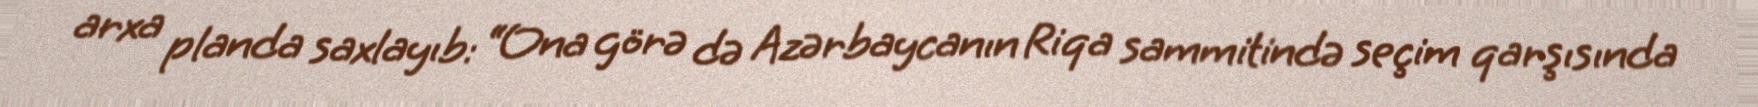
arxa planda saxlayıb: “Ona görə də Azərbaycanın Riqa sammitində seçim qarşısında